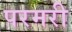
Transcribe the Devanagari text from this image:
परमरी